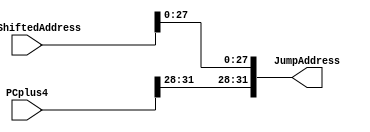
module Jumpj( JumpAddress, JumpShiftedAddress , PCplus4);

// input
	input [31:0] JumpShiftedAddress, PCplus4;
	
// output
	output reg [31:0] JumpAddress;
	
	always @(*)
		begin
			JumpAddress <= {PCplus4[31:28], JumpShiftedAddress[27:0]};
		end
		
endmodule